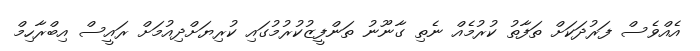
އެއްވެސް ފަރުދަކަށް ތަފާތު ކުރުމެއް ނެތި ގާނޫނު ތަންފީޒުކުރުމުގައި ކުރިޔަށްދިއުމަށް ރައީސް އިބްރާހިމް